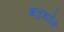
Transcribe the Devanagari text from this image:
ऋतुचर्येने